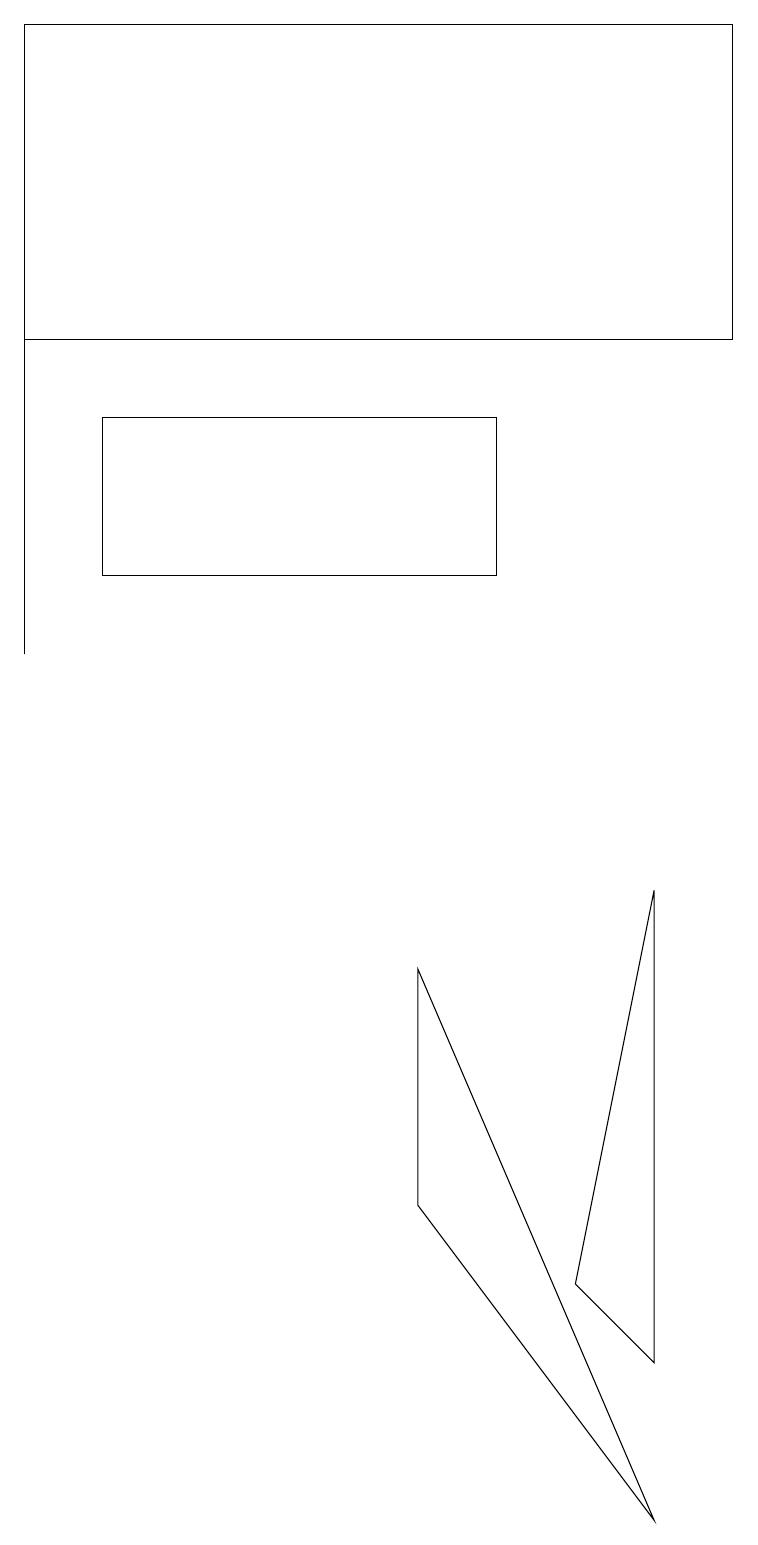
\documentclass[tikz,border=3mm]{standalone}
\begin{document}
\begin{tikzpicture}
\draw (8,2) -- (7,3) -- (8,8) -- cycle;
\draw (0,11) rectangle (0,15);
\draw (6,12) rectangle (1,14);
\draw (9,19) rectangle (0,15);
\draw (8,0) -- (5,4) -- (5,7) -- cycle;
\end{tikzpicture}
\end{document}